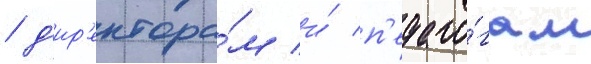
/ д'ир'ектора́м и́ п'едаго́гам